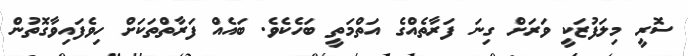
ސޮރީ މިލަފުޒަކީ ވަރަށް ގިނަ ފަރާތެއްގެ އަތްމަތީ ބަހެކެވެ. ބައެއް ފަރާތްތަކަށް ހިވެފައިވާގޮތުން